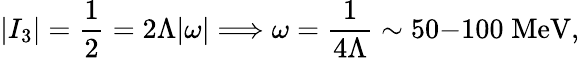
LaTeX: |I_{3}|={\frac{1}{2}}=2\Lambda|\omega|\Longrightarrow\omega={\frac{1}{4\Lambda}}\sim 50\mathrm{-}100\; \mathrm{MeV},